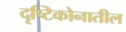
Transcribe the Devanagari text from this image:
दृष्टिकोनातील